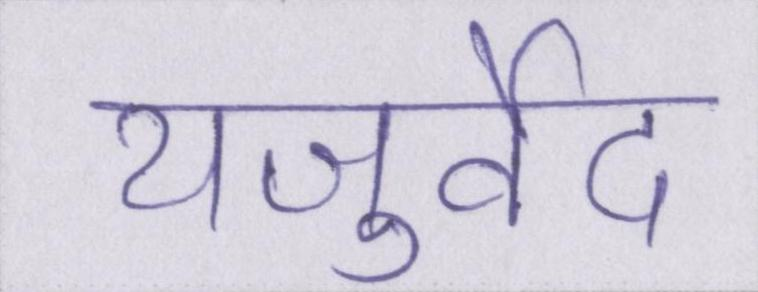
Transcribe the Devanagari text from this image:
यजुर्वेद